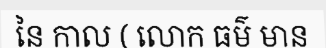
នៃ កាល ( លោក ធម៌ មាន